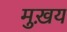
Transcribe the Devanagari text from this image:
मुख़य